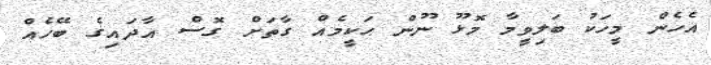
އެހެން މީހަކު ބަލިވީމާ މޮޅޫ ނޫން ޙަކީމެއް ގާތަށް ގޮސް އާދައިގެ ބޭހެއް